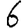
Digit: 6